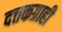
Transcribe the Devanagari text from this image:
दत्तकग्राही